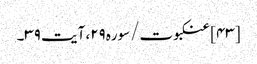
[۴۳] عنکبوت/سوره۲۹، آیت ۳۹۔